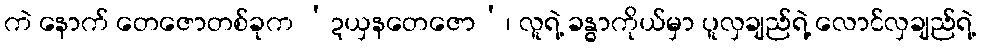
ကဲ နောက် တေဇောတစ်ခုက ‘ဍယှနတေဇော’၊ လူရဲ့ ခန္ဓာကိုယ်မှာ ပူလှချည်ရဲ့ လောင်လှချည်ရဲ့